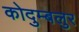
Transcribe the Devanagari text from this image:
कोदुम्बलुर